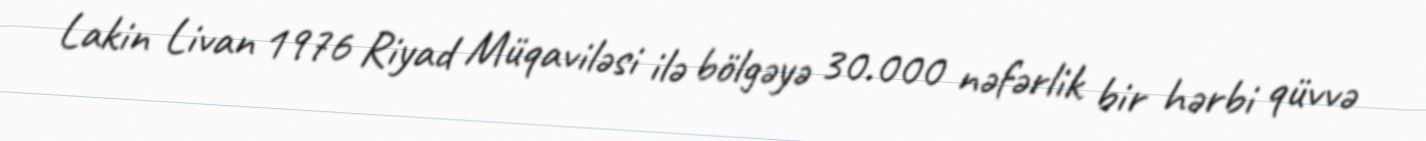
Lakin Livan 1976 Riyad Müqaviləsi ilə bölgəyə 30.000 nəfərlik bir hərbi qüvvə